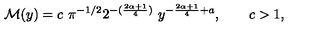
\mathcal { M } ( y ) = c \ \pi ^ { - 1 / 2 } 2 ^ { - ( \frac { 2 \alpha + 1 } { 4 } ) } \ y ^ { - \frac { 2 \alpha + 1 } { 4 } + a } , \qquad c > 1 ,